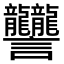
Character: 𧮩